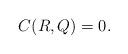
LaTeX: \begin{align*}C(R,Q)=0. \end{align*}